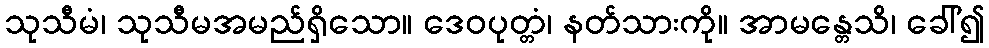
သုသီမံ၊ သုသီမအမည်ရှိသော။ ဒေဝပုတ္တံ၊ နတ်သားကို။ အာမန္တေသိ၊ ခေါ်၍